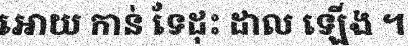
អោយ កាន់ ទែដុះ ដាល ឡើង ។